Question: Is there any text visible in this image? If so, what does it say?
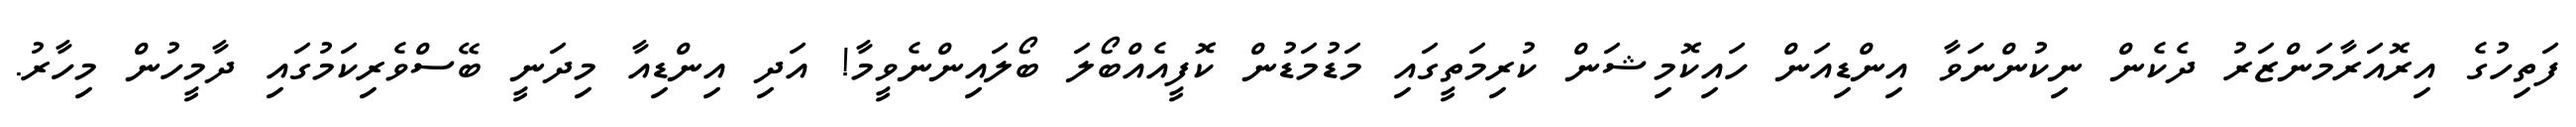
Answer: ފަތިހުގެ އިރޮއަރާމަންޒަރު ދެކެން ނިކުންނަވާ އިންޑިއަން ހައިކޮމިޝަން ކުރިމަތީގައި މަޑުމަޑުން ކޮފީއެއްބޯލަ ބޯލައިންނެވީމާ! އަދި އިންޑިއާ މިދަނީ ބޭސްވެރިކަމުގައި ދާމީހުން މިހާރު.